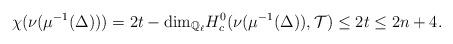
LaTeX: \begin{align*}\chi(\nu(\mu^{-1}(\Delta))) = 2t - \mathrm{dim}_{\mathbb{Q}_\ell} H^0_c(\nu(\mu^{-1}(\Delta)),\mathcal{T}) \le 2t \le 2n + 4.\end{align*}